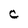
Character: C